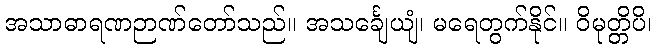
အသာဓာရဏဉာဏ်တော်သည်။ အသင်္ချေယျံ၊ မရေတွက်နိုင်။ ဝိမုတ္တိပိ၊